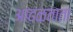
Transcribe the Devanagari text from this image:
आढळताता